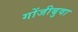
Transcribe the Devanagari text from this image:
गोंजीबुवा